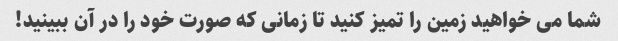
شما می خواهید زمین را تمیز کنید تا زمانی که صورت خود را در آن ببینید!